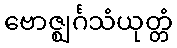
ဗောဇ္ဈင်္ဂသံယုတ္တံ